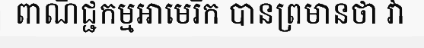
ពាណិជ្ជកម្មអាមេរិក បានព្រមានថា វា